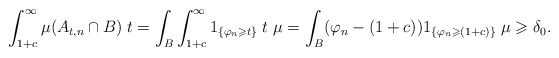
\begin{align*}\int_{1+c}^{\infty}\mu(A_{t,n}\cap B)\;t=\int_{B}\int_{1+c}^{\infty}1_{\{\varphi_n\geqslant t\}}\;t\;\mu=\int_{B}(\varphi_n-(1+c))1_{\{\varphi_n\geqslant (1+c)\}}\;\mu\geqslant\delta_0. \end{align*}